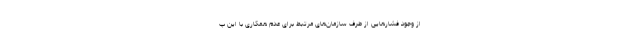
از وجود فشارهایی از طرف سازمان‌های مرتبط برای عدم همکاری با این پ